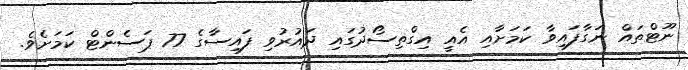
ނޫޓްތައް ނަގާފައިވާ ކަމަށާއި އެއީ އިގްތިސޯދުގައި ދައުރުވި ފައިސާގެ 77 ޕަސެންޓް ކަމަށެވެ.